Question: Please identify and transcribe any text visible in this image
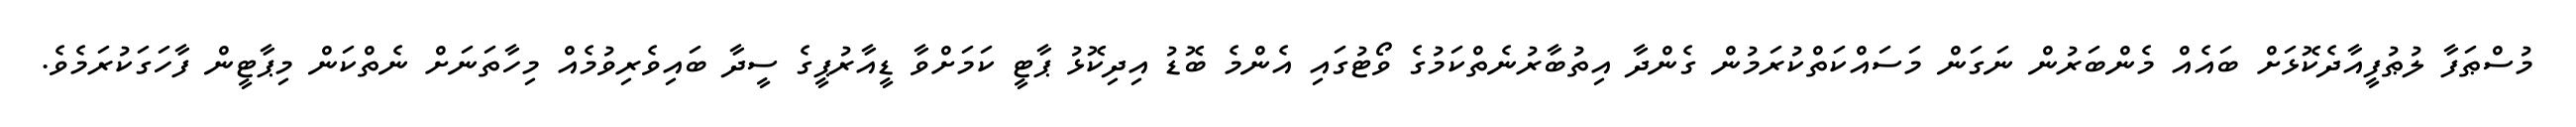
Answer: މުސްޠަފާ ލުޠުފީއާދެކޮޅަށް ބައެއް މެންބަރުން ނަގަން މަސައްކަތްކުރަމުން ގެންދާ އިތުބާރުނެތްކަމުގެ ވޯޓުގައި އެންމެ ބޮޑު އިދިކޮޅު ޕާޓީ ކަމަށްވާ ޑީއާރުޕީގެ ސީދާ ބައިވެރިވުމެއް މިހާތަނަށް ނެތްކަން މިޕާޓީން ފާހަގަކުރަމެވެ.